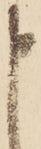
申